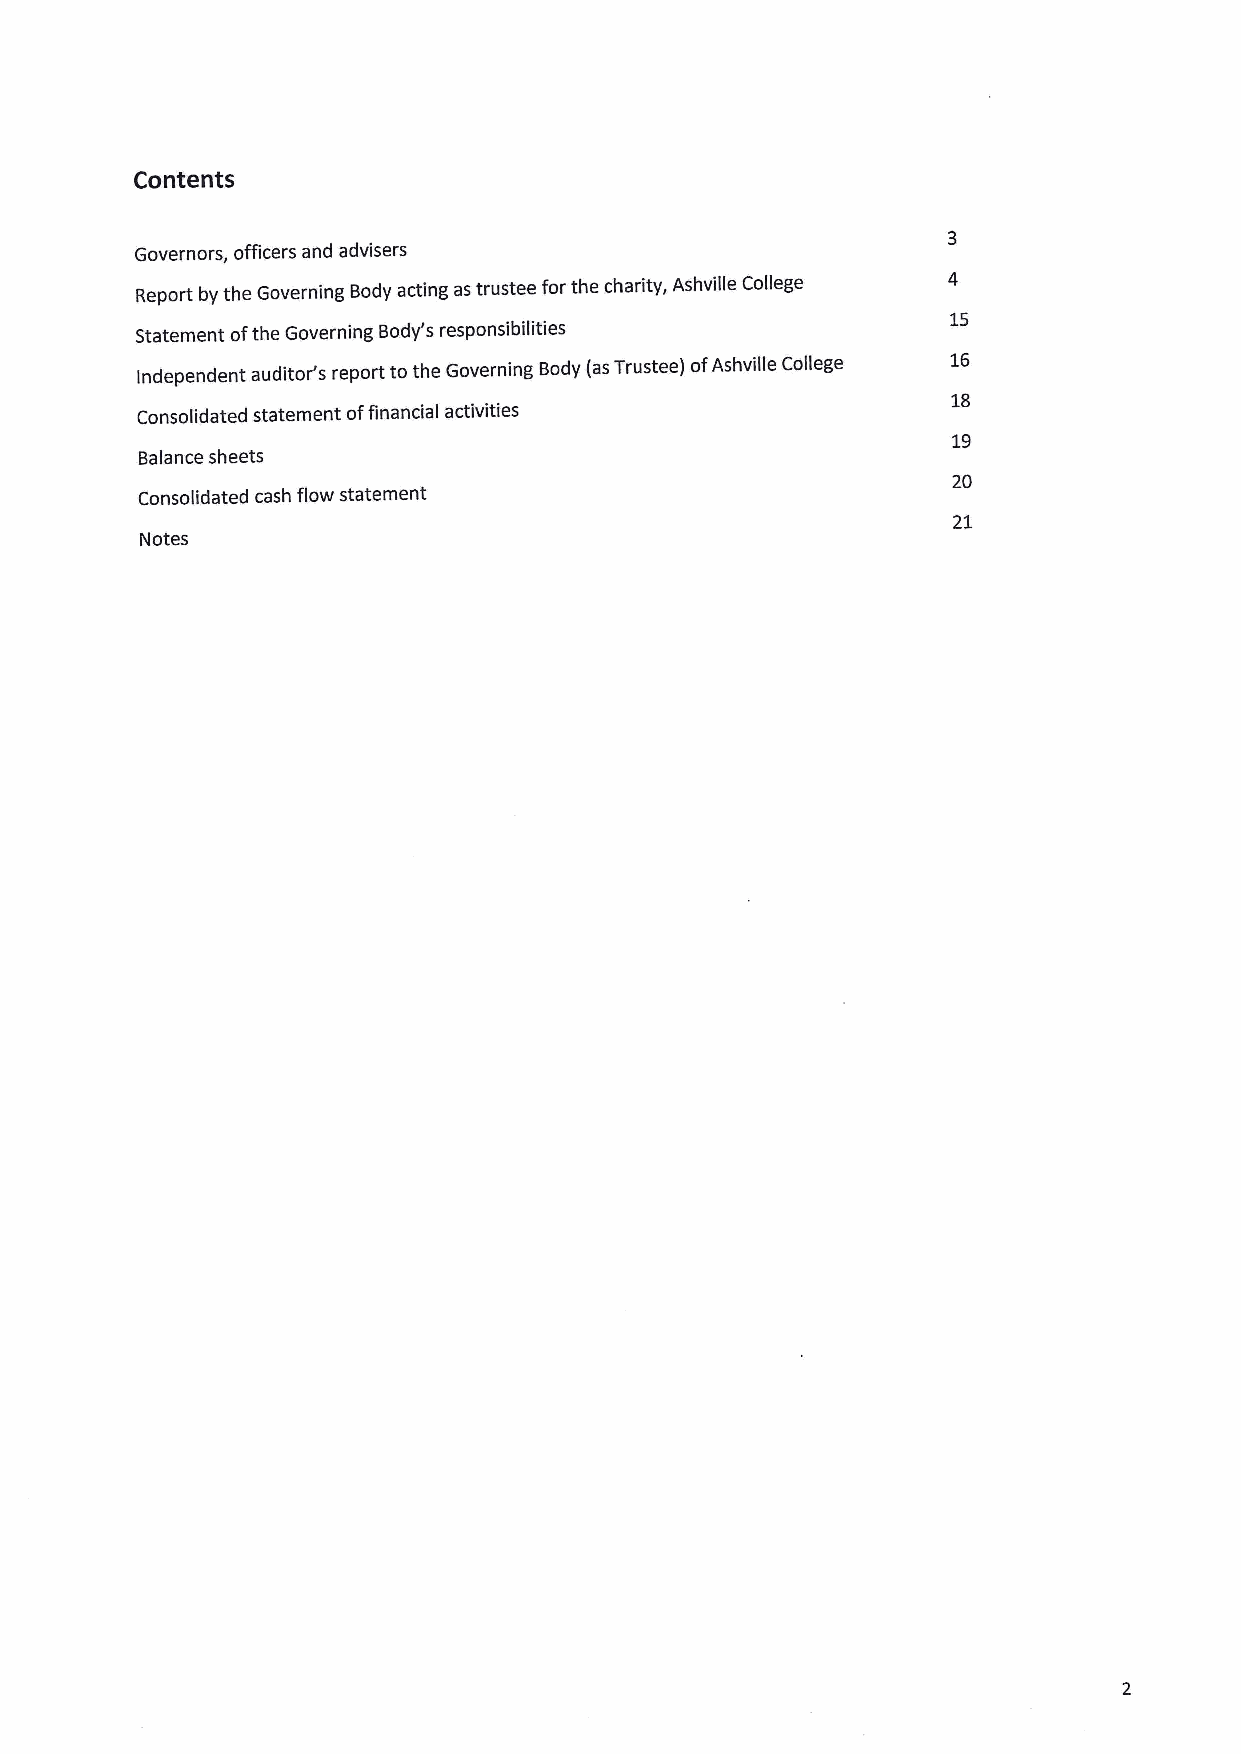
Contents
 Governors, officers and advisers
 Report by the Governing Body acting as trustee forthe charity, Ashville College
 15
 Statement ofthe Governing Body's responsibilities
 16
 Independent auditor's report to the Governing Body (asTrustee) ofAshville College
 18
 Consolidated statement offinancial activities
 19
 Balance sheets
 20
 Consolidated cash flow statement
 21
 Notes